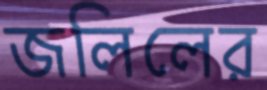
জলিলের